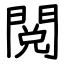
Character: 閲